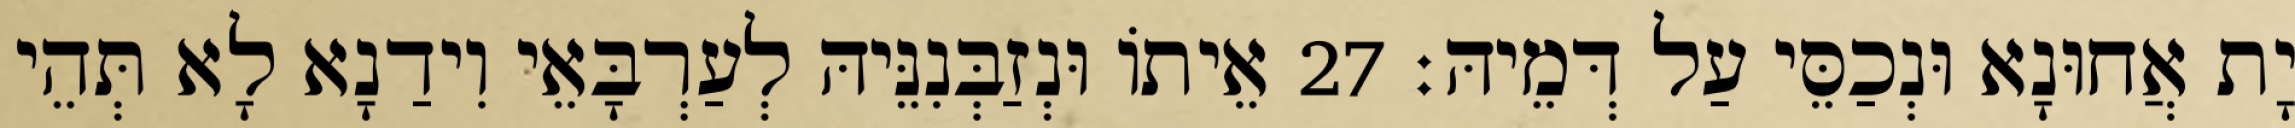
יָת אֲחוּנָא וּנְכַסֵּי עַל דְּמֵיהּ׃ 27 אֵיתוֹ וּנְזַבְּנִנֵּיהּ לְעַרְבָּאֵי וִידַנָא לָא תְּהֵי